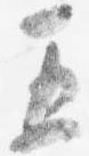
五